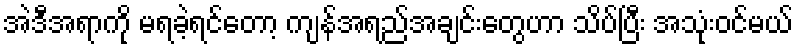
အဲဒီအရာကို မရခဲ့ရင်တော့ ကျန်အရည်အချင်းတွေဟာ သိပ်ပြီး အသုံးဝင်မယ်